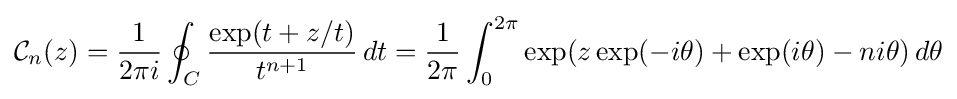
{\mathcal {C}}_{n}(z)={\frac {1}{2\pi i}}\oint _{C}{\frac {\exp(t+z/t)}{t^{n+1}}}\,dt={\frac {1}{2\pi }}\int _{0}^{2\pi }\exp(z\exp(-i\theta )+\exp(i\theta )-ni\theta )\,d\theta